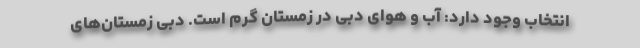
انتخاب وجود دارد: آب و هوای دبی در زمستان گرم است. دبی زمستان‌های